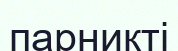
парникті